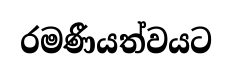
රමණීයත්වයට